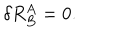
LaTeX: \delta R _ { B } ^ { A } = 0 .